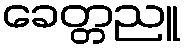
ခေတ္တညူ